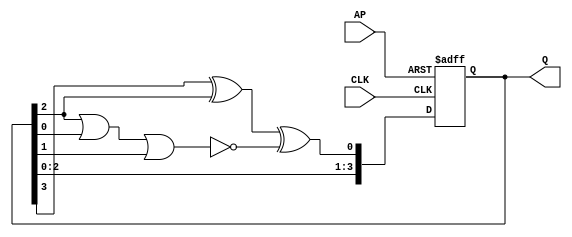
module LFSR(CLK,AP,Q);
  input wire CLK, AP;
  output reg[3:0]Q;
  wire leftbit;

  assign leftbit = (Q[3]^Q[2])^(~(Q[2]|Q[0]|Q[1]));

  always@(posedge CLK, posedge AP) begin

  	if(AP==1)
      begin
  		  Q<=4'b0000;
  	   end
  	else
      begin
  		  Q[3:0]<={Q[2:0],leftbit};
  	  end
  end
endmodule